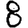
Digit: 8